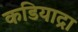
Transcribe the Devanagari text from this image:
कडियाद्रा